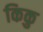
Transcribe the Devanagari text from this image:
किकु